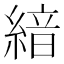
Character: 𦂺